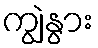
ကျွဲနွား